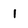
Character: 1